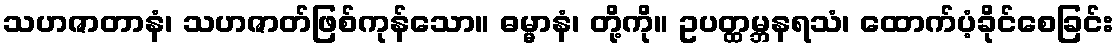
သဟဇာတာနံ၊ သဟဇာတ်ဖြစ်ကုန်သော။ ဓမ္မာနံ၊ တို့ကို။ ဥပတ္ထမ္ဘနရသံ၊ ထောက်ပံ့ခိုင်စေခြင်း